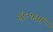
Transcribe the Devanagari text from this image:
स्ट्रेटफार्म